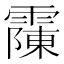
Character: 䨯